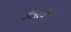
કલાકમા